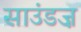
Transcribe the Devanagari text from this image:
साउंडज़